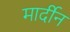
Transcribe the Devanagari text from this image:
मार्दीन